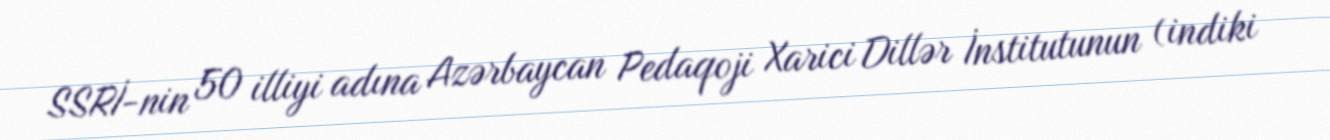
SSRİ-nin 50 illiyi adına Azərbaycan Pedaqoji Xarici Dillər İnstitutunun (indiki